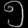
Digit: ၅